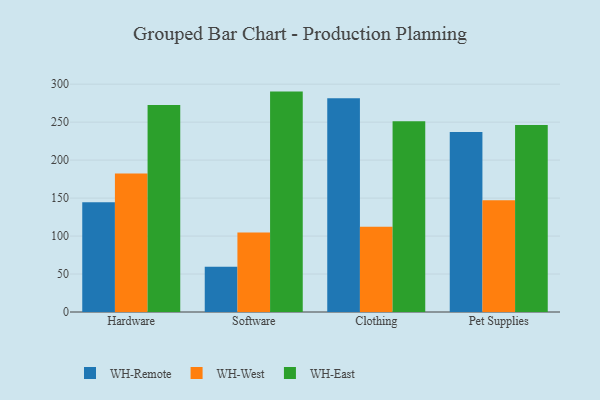
{"axis": {"x": "Category", "y": "Backlog"}, "legend": ["WH-East", "WH-Remote", "WH-West"], "data": [{"x": "Hardware", "y": 144.5, "type": "WH-Remote"}, {"x": "Hardware", "y": 182.5, "type": "WH-West"}, {"x": "Hardware", "y": 272.6, "type": "WH-East"}, {"x": "Software", "y": 59.7, "type": "WH-Remote"}, {"x": "Software", "y": 104.8, "type": "WH-West"}, {"x": "Software", "y": 290.2, "type": "WH-East"}, {"x": "Clothing", "y": 281.5, "type": "WH-Remote"}, {"x": "Clothing", "y": 112.3, "type": "WH-West"}, {"x": "Clothing", "y": 251.3, "type": "WH-East"}, {"x": "Pet Supplies", "y": 236.9, "type": "WH-Remote"}, {"x": "Pet Supplies", "y": 147.0, "type": "WH-West"}, {"x": "Pet Supplies", "y": 246.3, "type": "WH-East"}]}